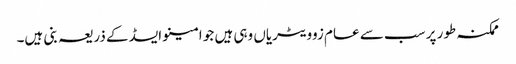
ممکنہ طور پر سب سے عام زوویٹریاں وہی ہیں جو امینو ایسڈ کے ذریعہ بنی ہیں۔